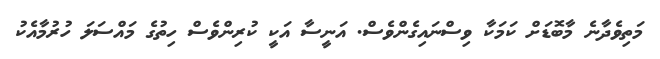
މަތިވެދާނެ މާބޮޑަށް ކަމަކާ ވިސްނައިގެންވެސް. އަނީސާ އަކީ ކުރިންވެސް ހިތުގެ މައްސަލަ ހުރުމާއެކު